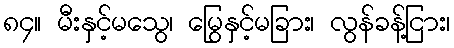
၈၄။ မီးနှင့်မသွေ၊ မြွေနှင့်မခြား၊ လွန်ခန့်ငြား၊